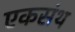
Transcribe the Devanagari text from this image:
एकसंथ